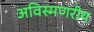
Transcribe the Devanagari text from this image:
अविस्मणरीय